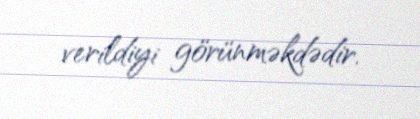
verildiyi görünməkdədir.